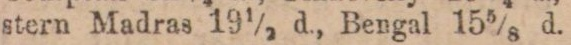
stern Madras 19½ d., Bengal 15⅝ d.